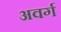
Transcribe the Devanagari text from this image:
अवर्ग